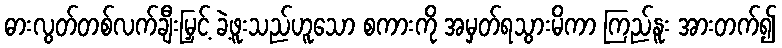
ဓားလွတ်တစ်လက်ချီးမြှင့် ခဲ့ဖူးသည်ဟူသော စကားကို အမှတ်ရသွားမိကာ ကြည်နူး အားတက်၍